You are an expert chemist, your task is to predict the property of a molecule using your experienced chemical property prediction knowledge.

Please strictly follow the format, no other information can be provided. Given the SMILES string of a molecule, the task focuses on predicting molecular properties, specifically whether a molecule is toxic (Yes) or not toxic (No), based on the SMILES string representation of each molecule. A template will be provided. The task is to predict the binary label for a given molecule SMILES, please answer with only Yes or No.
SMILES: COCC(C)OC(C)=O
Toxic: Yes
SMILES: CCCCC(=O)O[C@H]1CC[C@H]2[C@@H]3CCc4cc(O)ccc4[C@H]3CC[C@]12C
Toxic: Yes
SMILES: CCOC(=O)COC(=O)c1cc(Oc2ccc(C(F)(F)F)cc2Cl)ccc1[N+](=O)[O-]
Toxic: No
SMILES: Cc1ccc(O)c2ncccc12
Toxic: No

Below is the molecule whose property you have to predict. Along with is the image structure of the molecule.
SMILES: NC(=O)c1cc[n+](CC2=C(C(=O)[O-])N3C(=O)[C@@H](NC(=O)[C@H](c4ccccc4)S(=O)(=O)[O-])[C@@H]3SC2)cc1
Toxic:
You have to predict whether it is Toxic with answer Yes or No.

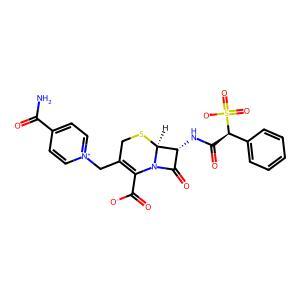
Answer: No